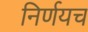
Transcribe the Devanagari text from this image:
निर्णयच